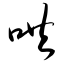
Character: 哄